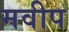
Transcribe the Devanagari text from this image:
मवीप